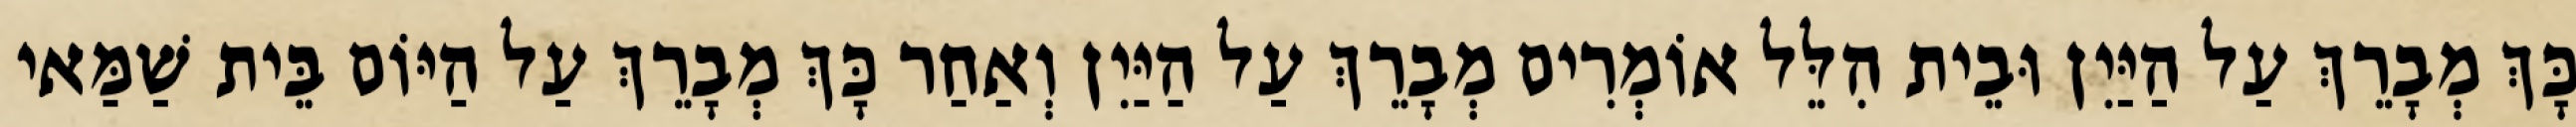
כָּךְ מְבָרֵךְ עַל הַיַּיִן וּבֵית הִלֵּל אוֹמְרִים מְבָרֵךְ עַל הַיַּיִן וְאַחַר כָּךְ מְבָרֵךְ עַל הַיּוֹם בֵּית שַׁמַּאי